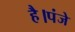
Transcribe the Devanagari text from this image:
है।पंजे